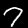
Label: 7